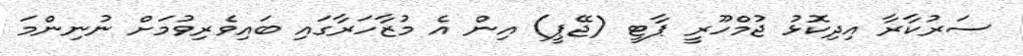
ސަރުކާރާ އިދިކޮޅު ޖުމްހޫރީ ޕާޓީ (ޖޭޕީ) އިން އެ މުޒާހަރާގައި ބައިވެރިވުމަށް ނުނިންމަ